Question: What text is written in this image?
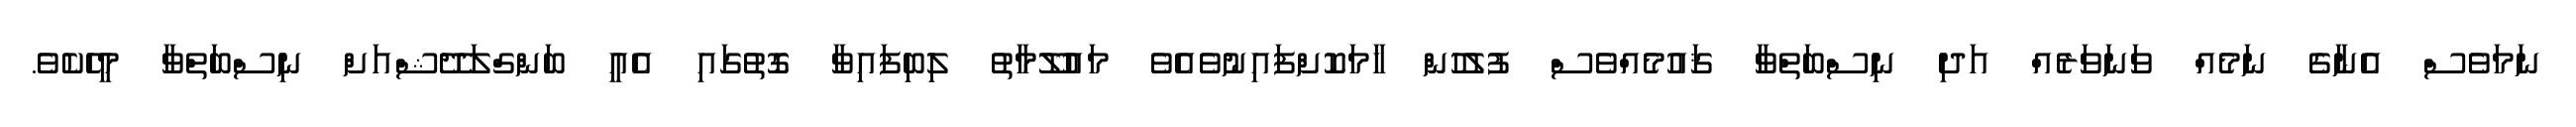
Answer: ނަމަވެސް އެނާގެ ނަމެއް ވަނަވަރެއް އަދި ނިސްބަތްވާ ޤައުމެއްވެސް ފުލުހުން ހާމަކޮށްފައިނުވެއެވެ މައުލޫމާތު ލިބިފައިވާ ގޮތުގައި އެއީ ބަންގްލަދޭޝްއަށް ނިސްބަތްވާ މީހެކެވެ.